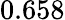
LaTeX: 0.658